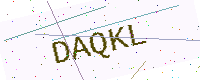
Text: DAQKL